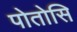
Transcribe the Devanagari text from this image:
पोतोसि